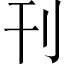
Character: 刊